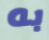
به